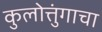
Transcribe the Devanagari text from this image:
कुलोत्तुंगाचा